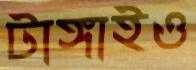
টাঙ্গাইও